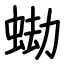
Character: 蜐